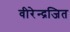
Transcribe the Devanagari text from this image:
वीरेन्द्रजित